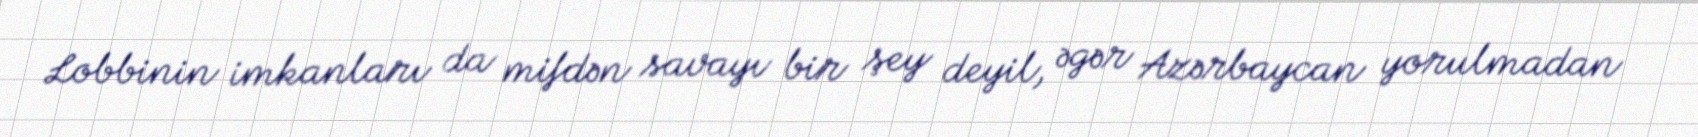
Lobbinin imkanları da mifdən savayı bir şey deyil, əgər Azərbaycan yorulmadan